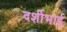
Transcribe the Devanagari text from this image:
दर्शीभाई